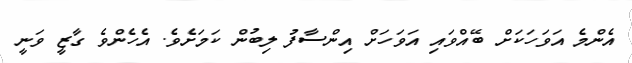
އެންމެ އަވަހަކަށް ބޭއްވައި އަވަހަށް އިންސާފު ލިބުން ކަމަށެވެ. އެހެންވެ ގާޒީ ވަނީ